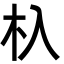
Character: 杁